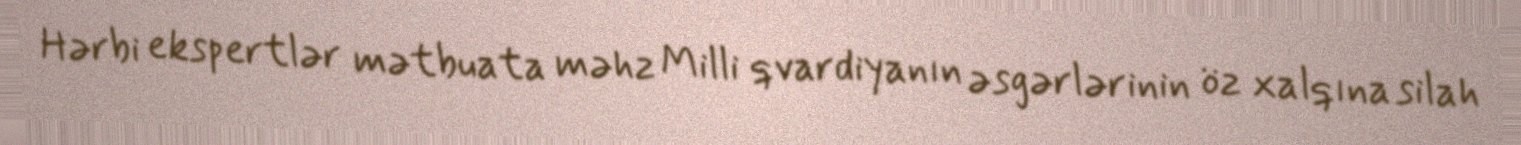
Hərbi ekspertlər mətbuata məhz Milli qvardiyanın əsgərlərinin öz xalqına silah